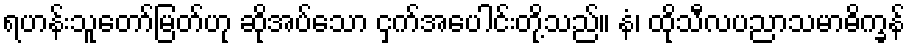
ရဟန်းသူတော်မြတ်ဟု ဆိုအပ်သော ငှက်အပေါင်းတို့သည်။ နံ၊ ထိုသီလပညာသမာဓိက္ခန်